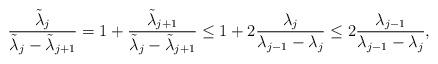
LaTeX: \begin{align*} \frac{\tilde\lambda_j}{\tilde\lambda_j-\tilde\lambda_{j+1}}=1+ \frac{\tilde\lambda_{j+1}}{\tilde\lambda_j-\tilde\lambda_{j+1}}\leq 1+2\frac{\lambda_j}{\lambda_{j-1}-\lambda_{j}}\leq 2\frac{\lambda_{j-1}}{\lambda_{j-1}-\lambda_{j}},\end{align*}